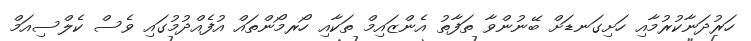
ހަރުދަނާކުރުމާއި ހަށިގަނޑަށް ބޭނުންވާ ތަފާތު އެންޒައިމް ތަކާއި ހޯރމޯންތައް އުފެއްދުމުގައި ވެސް ކެލްސިއަމް